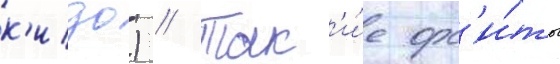
к'идо) // Так'и́е орб'и́ты